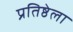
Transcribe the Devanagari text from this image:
प्रतिष्ठेला